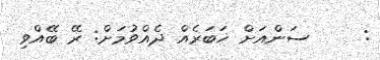
:     ސަންއަށް ޚަބަރެއް ދެއްވުމަށް: ރޭ ބޭއްވި